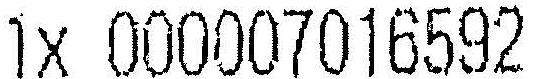
1X 000007016592